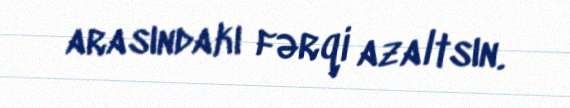
arasındakı fərqi azaltsın.